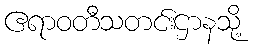
ဧရာဝတီသတင်းဌာနသို့